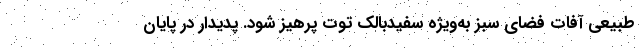
طبیعی آفات فضای سبز به‌ویژه سفیدبالک توت پرهیز شود. پدیدار در پایان